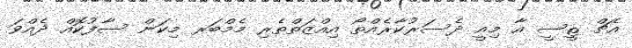
އެޗް ޱީސީ އާ މިއީ ދެސަރުކާރެއްތޯ އިއްޒަތްތެރި މެމްބަރ މިކަން ސާފުކޮއް ދެއްވަ